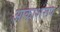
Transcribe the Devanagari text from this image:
आकाशरूप